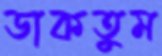
ডাকতুম